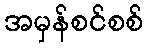
အမှန်စင်စစ်